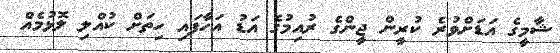
ޝާމީގެ އަޑަށްވުރެ ކުރީން ޖީންގެ ރުއިމުގެ އަޑު އަހާފައި ހިތަށް ކުއްލި ލޮޅުމެއް